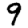
Digit: 9